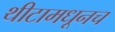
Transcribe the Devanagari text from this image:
थीटामधूनच